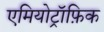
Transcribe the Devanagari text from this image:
एमियोट्रॉफ़िक